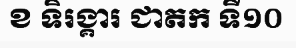
ខ ទិរង្គារ ជាតក ទី១០